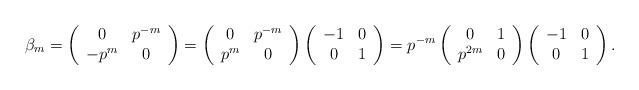
LaTeX: \begin{align*} \beta_m = \left(\begin{array}{cc}0 & p^{-m} \\ -p^m & 0\end{array}\right) = \left(\begin{array}{cc}0 & p^{-m} \\ p^m & 0\end{array}\right)\left(\begin{array}{cc}-1 & 0 \\ 0 & 1\end{array}\right) = p^{-m}\left(\begin{array}{cc}0 & 1 \\ p^{2m} & 0\end{array}\right)\left(\begin{array}{cc}-1 & 0 \\ 0 & 1\end{array}\right).\end{align*}